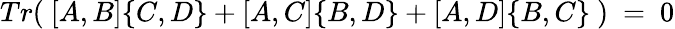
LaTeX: Tr(\ [A,B]\{ C,D\} +[A,C]\{ B,D\} +[A,D]\{ B,C\} \ )\ =\ 0